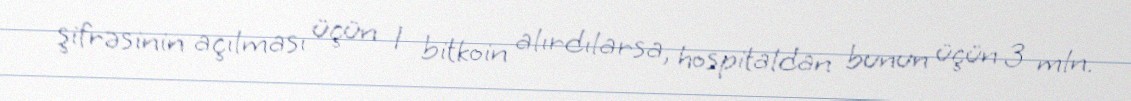
şifrəsinin açılması üçün 1 bitkoin alırdılarsa, hospitaldan bunun üçün 3 mln.